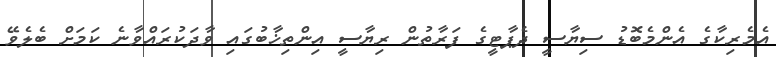
އެމެރިކާގެ އެންމެބޮޑު ސިޔާސީ ދެޕާޓީގެ ފަރާތުން ރިޔާސީ އިންތިޚާބުގައި ވާދަކުރައްވާނެ ކަމަށް ބެލެވޭ